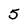
Character: 5